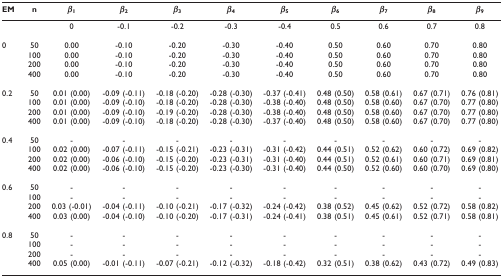
<table><thead><tr><td><b>EM</b></td><td><b>n</b></td><td><b><i>β</i><sub>1</sub></b></td><td><b><i>β</i><sub>2</sub></b></td><td><b><i>β</i><sub>3</sub></b></td><td><b><i>β</i><sub>4</sub></b></td><td><b><i>β</i><sub>5</sub></b></td><td><b><i>β</i><sub>6</sub></b></td><td><b><i>β</i><sub>7</sub></b></td><td><b><i>β</i><sub>8</sub></b></td><td><b><i>β</i><sub>9</sub></b></td></tr></thead><tbody><tr><td></td><td></td><td>0</td><td>-0.1</td><td>-0.2</td><td>-0.3</td><td>-0.4</td><td>0.5</td><td>0.6</td><td>0.7</td><td>0.8</td></tr><tr><td>0</td><td>50</td><td>0.00</td><td>-0.10</td><td>-0.20</td><td>-0.30</td><td>-0.40</td><td>0.50</td><td>0.60</td><td>0.70</td><td>0.80</td></tr><tr><td></td><td>100</td><td>0.00</td><td>-0.10</td><td>-0.20</td><td>-0.30</td><td>-0.40</td><td>0.50</td><td>0.60</td><td>0.70</td><td>0.80</td></tr><tr><td></td><td>200</td><td>0.00</td><td>-0.10</td><td>-0.20</td><td>-0.30</td><td>-0.40</td><td>0.50</td><td>0.60</td><td>0.70</td><td>0.80</td></tr><tr><td></td><td>400</td><td>0.00</td><td>-0.10</td><td>-0.20</td><td>-0.30</td><td>-0.40</td><td>0.50</td><td>0.60</td><td>0.70</td><td>0.80</td></tr><tr><td>0.2</td><td>50</td><td>0.01 (0.00)</td><td>-0.09 (-0.11)</td><td>-0.18 (-0.20)</td><td>-0.28 (-0.30)</td><td>-0.37 (-0.41)</td><td>0.48 (0.50)</td><td>0.58 (0.61)</td><td>0.67 (0.71)</td><td>0.76 (0.81)</td></tr><tr><td></td><td>100</td><td>0.01 (0.00)</td><td>-0.09 (-0.10)</td><td>-0.18 (-0.20)</td><td>-0.28 (-0.30)</td><td>-0.38 (-0.40)</td><td>0.48 (0.50)</td><td>0.58 (0.60)</td><td>0.67 (0.70)</td><td>0.77 (0.80)</td></tr><tr><td></td><td>200</td><td>0.01 (0.00)</td><td>-0.09 (-0.10)</td><td>-0.19 (-0.20)</td><td>-0.28 (-0.30)</td><td>-0.38 (-0.40)</td><td>0.48 (0.50)</td><td>0.58 (0.60)</td><td>0.67 (0.70)</td><td>0.77 (0.80)</td></tr><tr><td></td><td>400</td><td>0.01 (0.00)</td><td>-0.09 (-0.10)</td><td>-0.18 (-0.20)</td><td>-0.28 (-0.30)</td><td>-0.37 (-0.40)</td><td>0.48 (0.50)</td><td>0.58 (0.60)</td><td>0.67 (0.70)</td><td>0.77 (0.80)</td></tr><tr><td>0.4</td><td>50</td><td>-</td><td>-</td><td>-</td><td>-</td><td>-</td><td>-</td><td>-</td><td>-</td><td>-</td></tr><tr><td></td><td>100</td><td>0.02 (0.00)</td><td>-0.07 (-0.11)</td><td>-0.15 (-0.21)</td><td>-0.23 (-0.31)</td><td>-0.31 (-0.42)</td><td>0.44 (0.51)</td><td>0.52 (0.62)</td><td>0.60 (0.72)</td><td>0.69 (0.82)</td></tr><tr><td></td><td>200</td><td>0.02 (0.00)</td><td>-0.06 (-0.10)</td><td>-0.15 (-0.20)</td><td>-0.23 (-0.31)</td><td>-0.31 (-0.40)</td><td>0.44 (0.51)</td><td>0.52 (0.61)</td><td>0.60 (0.71)</td><td>0.69 (0.81)</td></tr><tr><td></td><td>400</td><td>0.02 (0.00)</td><td>-0.06 (-0.10)</td><td>-0.15 (-0.20)</td><td>-0.23 (-0.30)</td><td>-0.31 (-0.40)</td><td>0.44 (0.50)</td><td>0.52 (0.60)</td><td>0.60 (0.70)</td><td>0.69 (0.80)</td></tr><tr><td>0.6</td><td>50</td><td>-</td><td>-</td><td>-</td><td>-</td><td>-</td><td>-</td><td>-</td><td>-</td><td>-</td></tr><tr><td></td><td>100</td><td>-</td><td>-</td><td>-</td><td>-</td><td>-</td><td>-</td><td>-</td><td>-</td><td>-</td></tr><tr><td></td><td>200</td><td>0.03 (-0.01)</td><td>-0.04 (-0.11)</td><td>-0.10 (-0.21)</td><td>-0.17 (-0.32)</td><td>-0.24 (-0.42)</td><td>0.38 (0.52)</td><td>0.45 (0.62)</td><td>0.52 (0.72)</td><td>0.58 (0.82)</td></tr><tr><td></td><td>400</td><td>0.03 (0.00)</td><td>-0.04 (-0.10)</td><td>-0.10 (-0.20)</td><td>-0.17 (-0.31)</td><td>-0.24 (-0.41)</td><td>0.38 (0.51)</td><td>0.45 (0.61)</td><td>0.52 (0.71)</td><td>0.58 (0.81)</td></tr><tr><td>0.8</td><td>50</td><td>-</td><td>-</td><td>-</td><td>-</td><td>-</td><td>-</td><td>-</td><td>-</td><td>-</td></tr><tr><td></td><td>100</td><td>-</td><td>-</td><td>-</td><td>-</td><td>-</td><td>-</td><td>-</td><td>-</td><td>-</td></tr><tr><td></td><td>200</td><td>-</td><td>-</td><td>-</td><td>-</td><td>-</td><td>-</td><td>-</td><td>-</td><td>-</td></tr><tr><td></td><td>400</td><td>0.05 (0.00)</td><td>-0.01 (-0.11)</td><td>-0.07 (-0.21)</td><td>-0.12 (-0.32)</td><td>-0.18 (-0.42)</td><td>0.32 (0.51)</td><td>0.38 (0.62)</td><td>0.43 (0.72)</td><td>0.49 (0.83)</td></tr></tbody></table>